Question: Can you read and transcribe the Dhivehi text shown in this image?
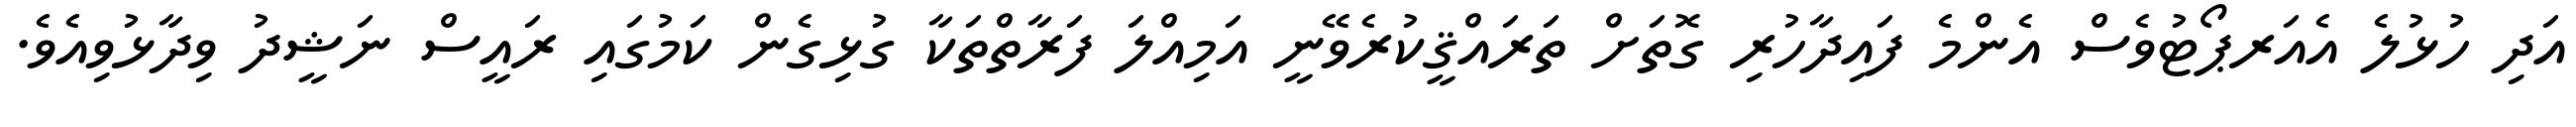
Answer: އަދި ހުޅުލެ އެއަރޕޯޓުވެސް އެންމެ ފައިދާހުރި ގޮތަށް ތަރައްޤީކުރެވޭނީ އަމިއްލަ ފަރާތްތަކާ ގުޅިގެން ކަމުގައި ރައީސް ނަޝީދު ވިދާޅުވިއެވެ.